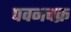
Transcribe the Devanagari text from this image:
पवनचक्र